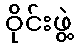
ဝိုင်းဖွဲ့